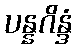
ပန္နဂိန္ဒံ